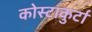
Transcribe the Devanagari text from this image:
कोस्टाकुर्टा